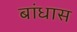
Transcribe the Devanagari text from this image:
बांधास